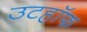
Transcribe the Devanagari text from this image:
उटहॉफ